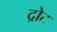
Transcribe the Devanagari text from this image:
द्रोट